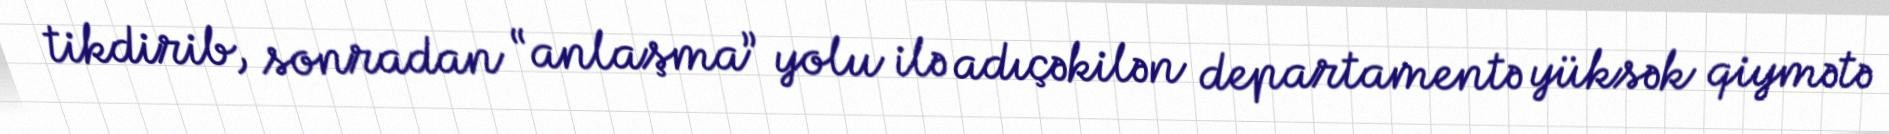
tikdirib, sonradan “anlaşma” yolu ilə adıçəkilən departamentə yüksək qiymətə